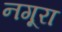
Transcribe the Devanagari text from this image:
नगूरा